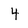
Character: 4